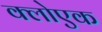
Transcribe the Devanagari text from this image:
क्लोएक